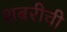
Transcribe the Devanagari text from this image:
शबरीची